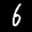
Label: 6